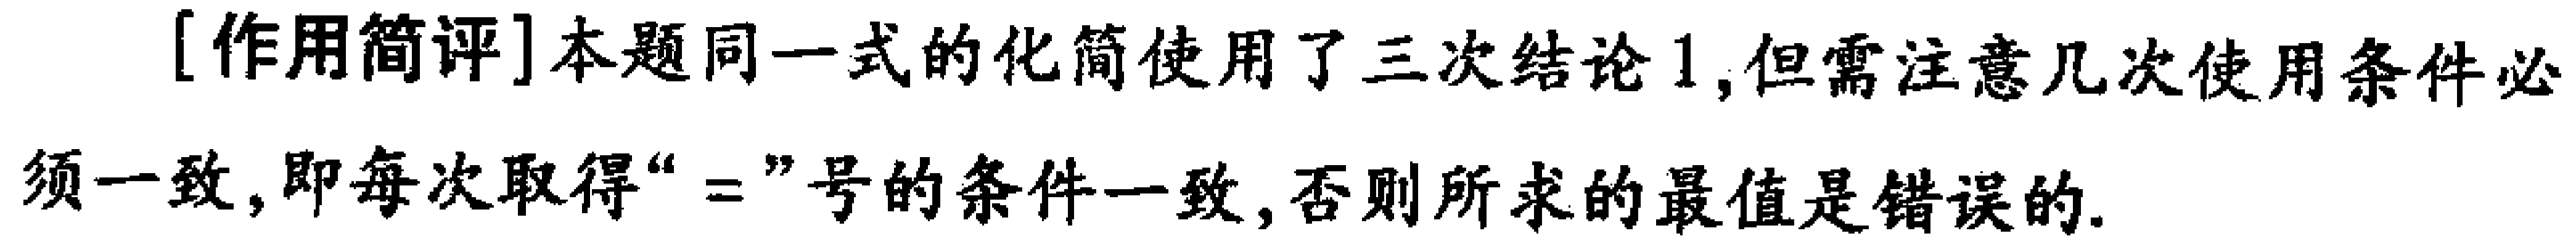
[作用简评]本题同一式的化简使用了三次结论1,但需注意几次使用条件必须一致,即每次取得“$=$”号的条件一致,否则所求的最值是错误的.